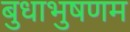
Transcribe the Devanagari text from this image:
बुधाभुषणम